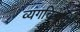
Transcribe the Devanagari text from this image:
व्यंगचित्रांचीं